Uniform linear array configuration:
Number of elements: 48
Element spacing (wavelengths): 0.25
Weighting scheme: kaiser
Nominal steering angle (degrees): -15
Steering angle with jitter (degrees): -13.824
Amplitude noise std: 0.05
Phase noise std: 0.05

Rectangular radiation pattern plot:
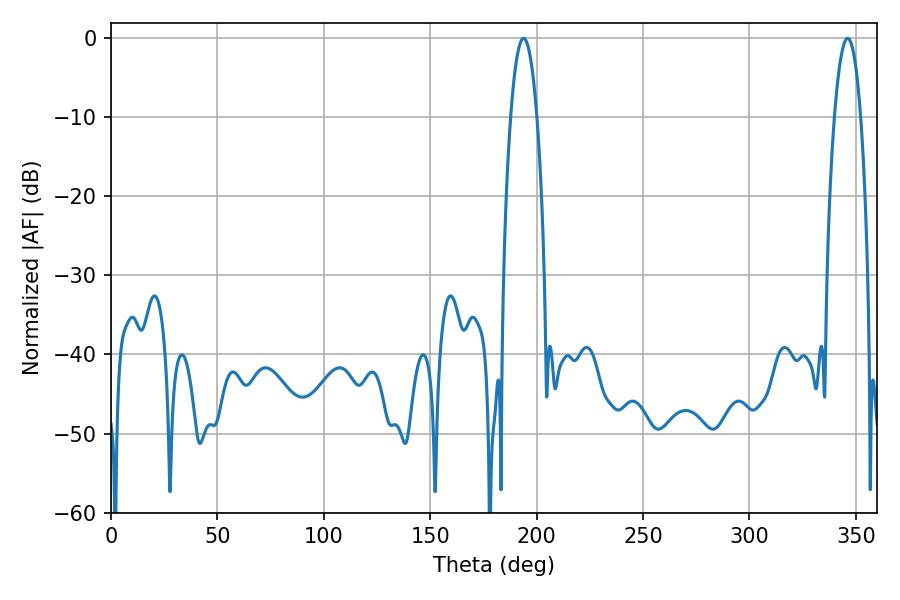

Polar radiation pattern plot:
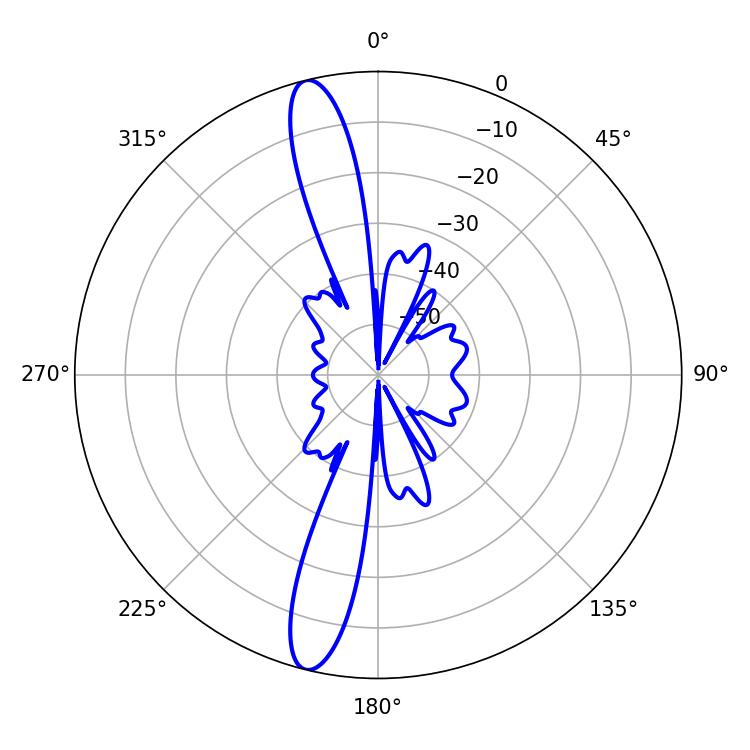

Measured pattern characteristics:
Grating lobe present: FALSE
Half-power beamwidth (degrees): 6.84
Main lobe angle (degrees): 193.86